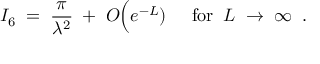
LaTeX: I _ { 6 } \; = \; \frac { \pi } { \lambda ^ { 2 } } \; + \; O \Big ( e ^ { - L } ) \; \; \; \; \; \mathrm { f o r } \; \; L \; \rightarrow \; \infty \; \; .